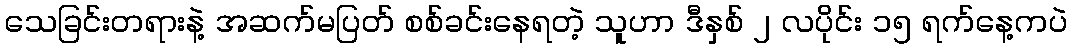
သေခြင်းတရားနဲ့ အဆက်မပြတ် စစ်ခင်းနေရတဲ့ သူဟာ ဒီနှစ် ၂ လပိုင်း ၁၅ ရက်နေ့ကပဲ